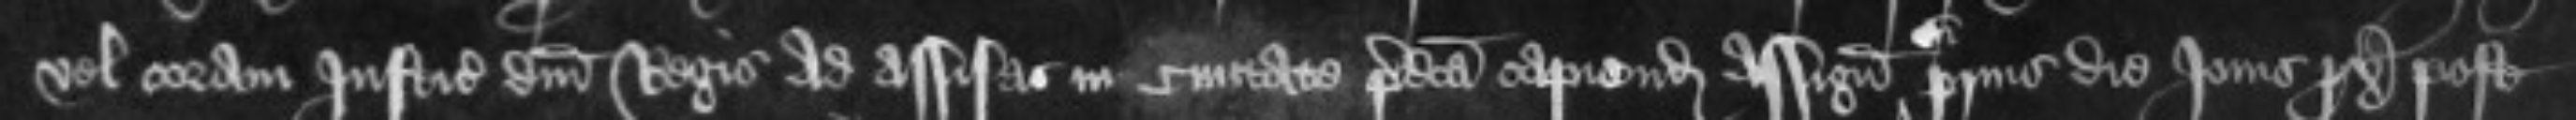
vel coram Iusticiariis domini Regis ad assisas in civitate predicta capiendas assignatis si prius die Jovis proximo post